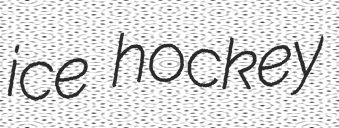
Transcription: ice hockey